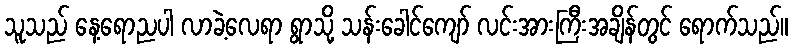
သူသည် နေ့ရောညပါ လာခဲ့လေရာ ရွာသို့ သန်းခေါင်ကျော် လင်းအားကြီးအချိန်တွင် ရောက်သည်။